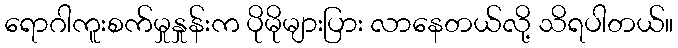
ရောဂါကူးစက်မှုနှုန်းက ပိုမိုများပြား လာနေတယ်လို့ သိရပါတယ်။